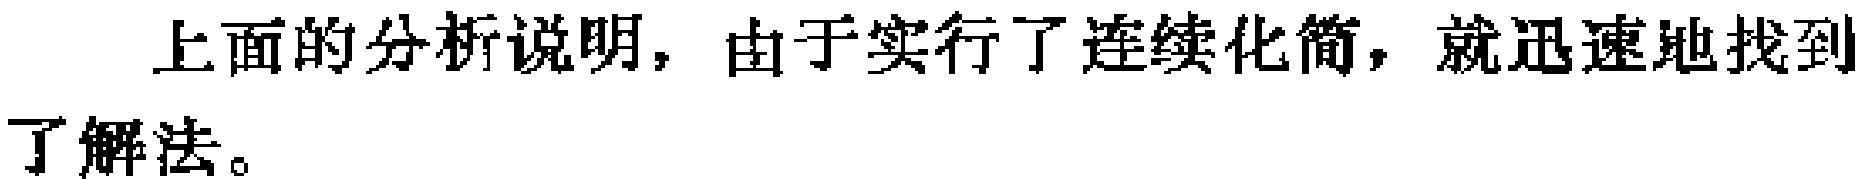
上面的分析说明，由于实行了连续化简，就迅速地找到了解法。